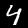
Digit: 4